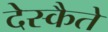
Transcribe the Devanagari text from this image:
देस्कैते